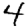
Digit: 4